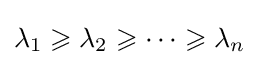
\lambda _{1}\geqslant \lambda _{2}\geqslant \dotsb \geqslant \lambda _{n}